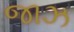
જાઝ